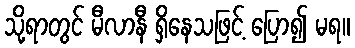
သို့ရာတွင် မီလာနီ ရှိနေသဖြင့် ပြော၍ မရ။